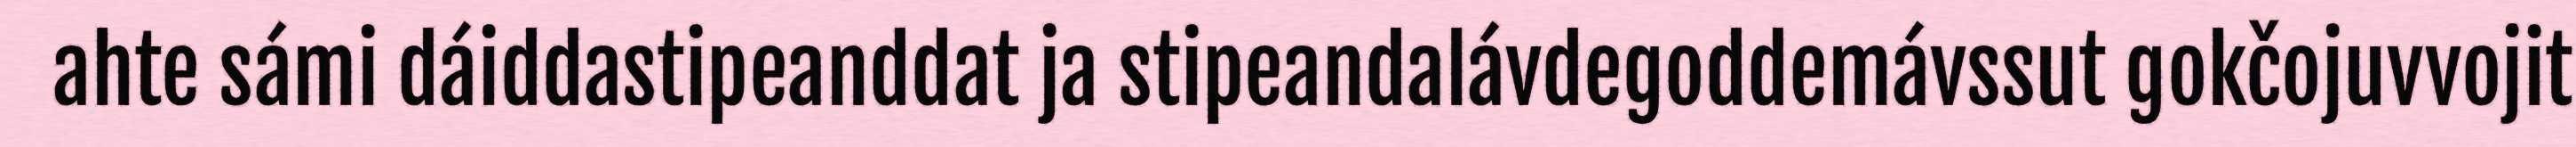
ahte sámi dáiddastipeanddat ja stipeandalávdegoddemávssut gokčojuvvojit